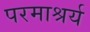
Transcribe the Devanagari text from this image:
परमाश्रर्य